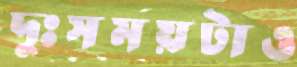
দুঃসময়টাও